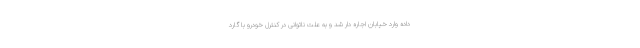
داده وارد خیابان اجاره دار شد و به علت ناتوانی در کنترل خودرو با گارد